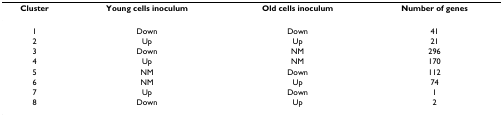
| Cluster | Young cells inoculum | Old cells inoculum | Number of genes |
 | --- | --- | --- | --- |
 | 1 | Down | Down | 41 |
 | 2 | Up | Up | 21 |
 | 3 | Down | NM | 296 |
 | 4 | Up | NM | 170 |
 | 5 | NM | Down | 112 |
 | 6 | NM | Up | 74 |
 | 7 | Up | Down | 1 |
 | 8 | Down | Up | 2 |